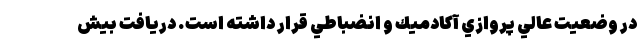
در وضعيت عالي پروازي آكادميك و انضباطي قرار داشته است. دريافت بيش